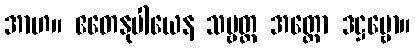
အာဟ။ ဧတေနုပါယေန သဗ္ဗတ္ထ အတ္ထော ဒဋ္ဌဗ္ဗော။